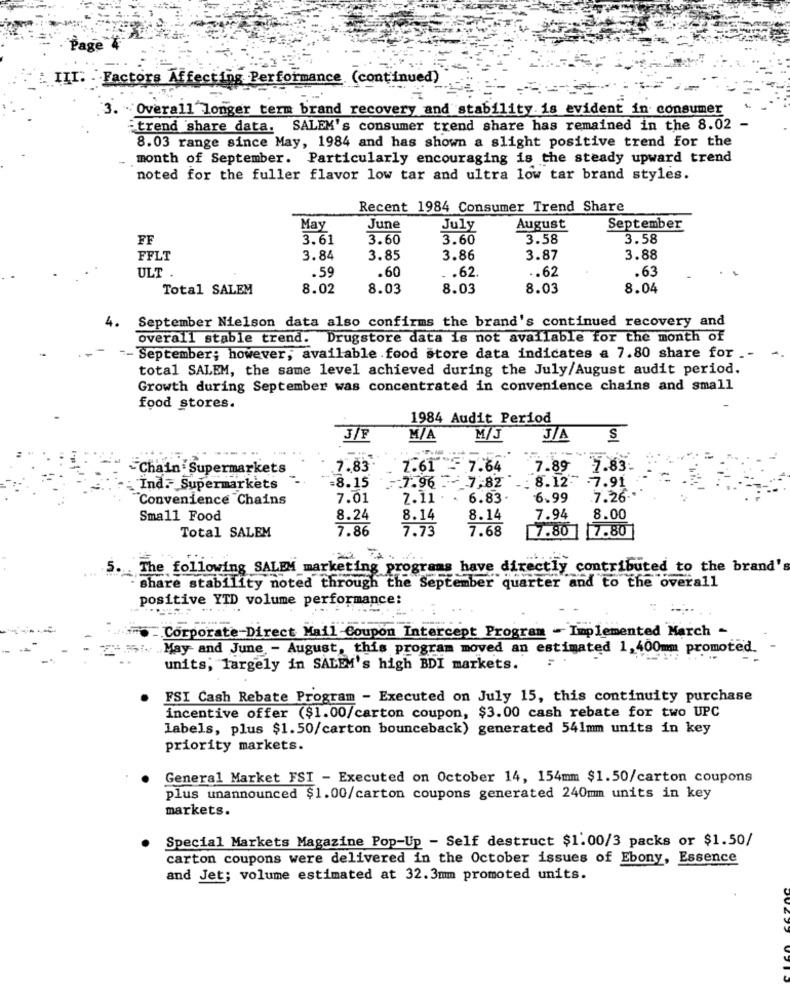
Page"
III: . Factors Affecting Performance (continued)
3. Overall longer term brand recovery and stability is evident in consumer
trend share data. SALEM's consumer trend share has remained in the 8.02 -
8.03 range since May, 1984 and has shown a slight positive trend for the
month of September. Particularly encouraging is the steady upward trend
noted for the fuller flavor low tar and ultra low tar brand styles.
Recent 1984 Consumer Trend Share
May
June
July
August
September
FF
3.61
3.60
3.60
3.58
3.58
FFLT
3.84
3.85
3.86
3.87
3.88
.59
.60
.. 62
.63
ULT .
. . 62.
Total SALEM
8.02
8.03
8.03
8.03
8.04
4.
September Nielson data also confirms the brand's continued recovery and
overall stable trend. Drugstore data is not available for the month of
"- September; however, available food store data indicates a 7.80 share for _-
total SALEM, the same level achieved during the July/August audit period.
Growth during September was concentrated in convenience chains and small
food stores.
1984 Audit Period
3/F
M/A
M/J
J/A
S
-Chain . Supermarkets
7.83
7.61 - 7.64
7.89 7.83
=8.15
: 8.12- . 7.91
Ind. Supermarkets
7.96 - 7,82
Convenience Chains
7.01
Z.11 . . 6.83.
6.99
7.26-
Small Food
8.24
8.14
8.14
7.94
8.00
7.86
7.73
7.68
7.80 7.80
Total SALEM
5.
The following SALEM marketing programs have directly contributed to the brand's
share stability noted through the September quarter and to the overall
positive YTD volume performance:
Corporate Direct Mail Coupon Intercept Program - Implemented March -
.5 :. May and June - August, this program moved an estimated 1, 400mm promoted.
units, largely in SALEM's high BDI markets.
FSI Cash Rebate Program - Executed on July 15, this continuity purchase
incentive offer ($1.00/carton coupon, $3.00 cash rebate for two UPC
labels, plus $1.50/carton bounceback) generated 541mm units in key
priority markets.
General Market FSI - Executed on October 14, 154mm $1.50/carton coupons
plus unannounced $1.00/carton coupons generated 240mm units in key
markets.
Special Markets Magazine Pop-Up - Self destruct $1.00/3 packs or $1.50/
carton coupons were delivered in the October issues of Ebony, Essence
and Jet; volume estimated at 32.3mm promoted units.